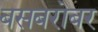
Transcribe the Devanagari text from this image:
बसबरोबर